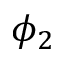
\phi _ { 2 }